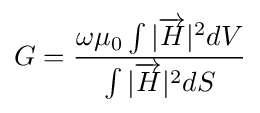
G={\frac {\omega \mu _{0}\int {|{\overrightarrow {H}}|^{2}dV}}{\int {|{\overrightarrow {H}}|^{2}dS}}}